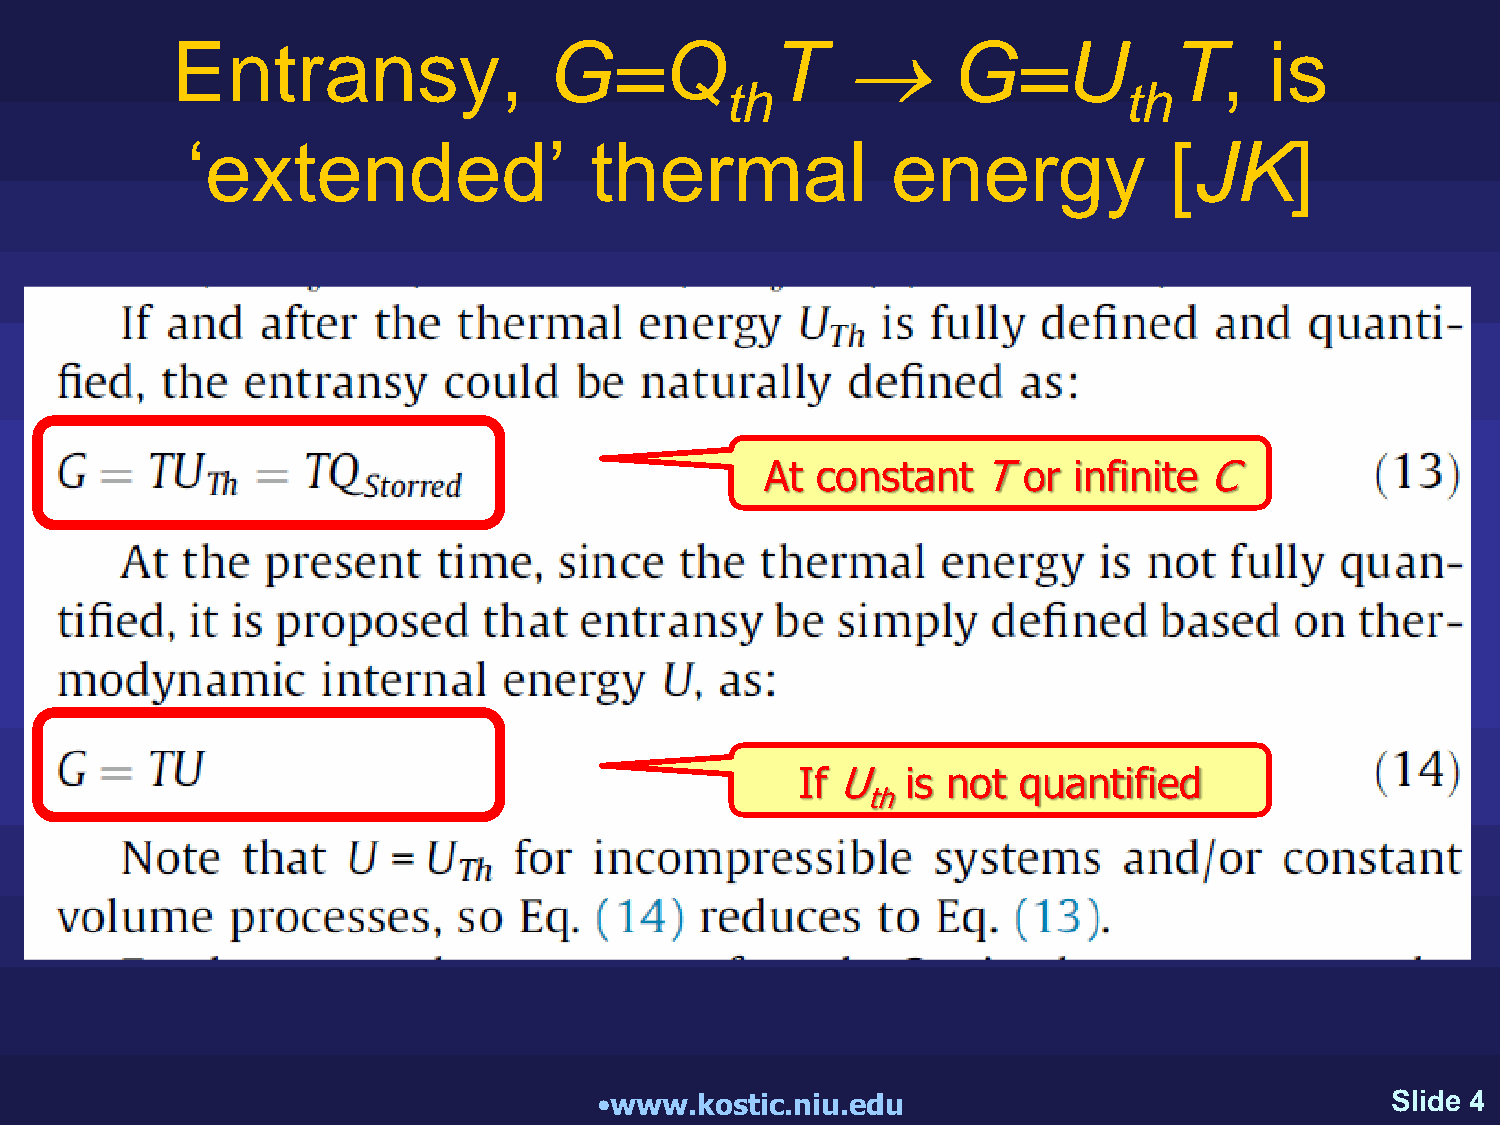
Entransy,                G=Q            T    G=U                  T,    is
 th                        th
 ‘extended’                 thermal             energy            [JK]
 At constant   Tor   infinite C
 If U   is not quantified
 th
 •www.kostic.niu.edu                                 Slide 4